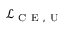
\mathcal { L } _ { \mathrm { ~ C ~ E ~ , ~ U ~ } }